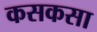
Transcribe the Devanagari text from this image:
कसकसा